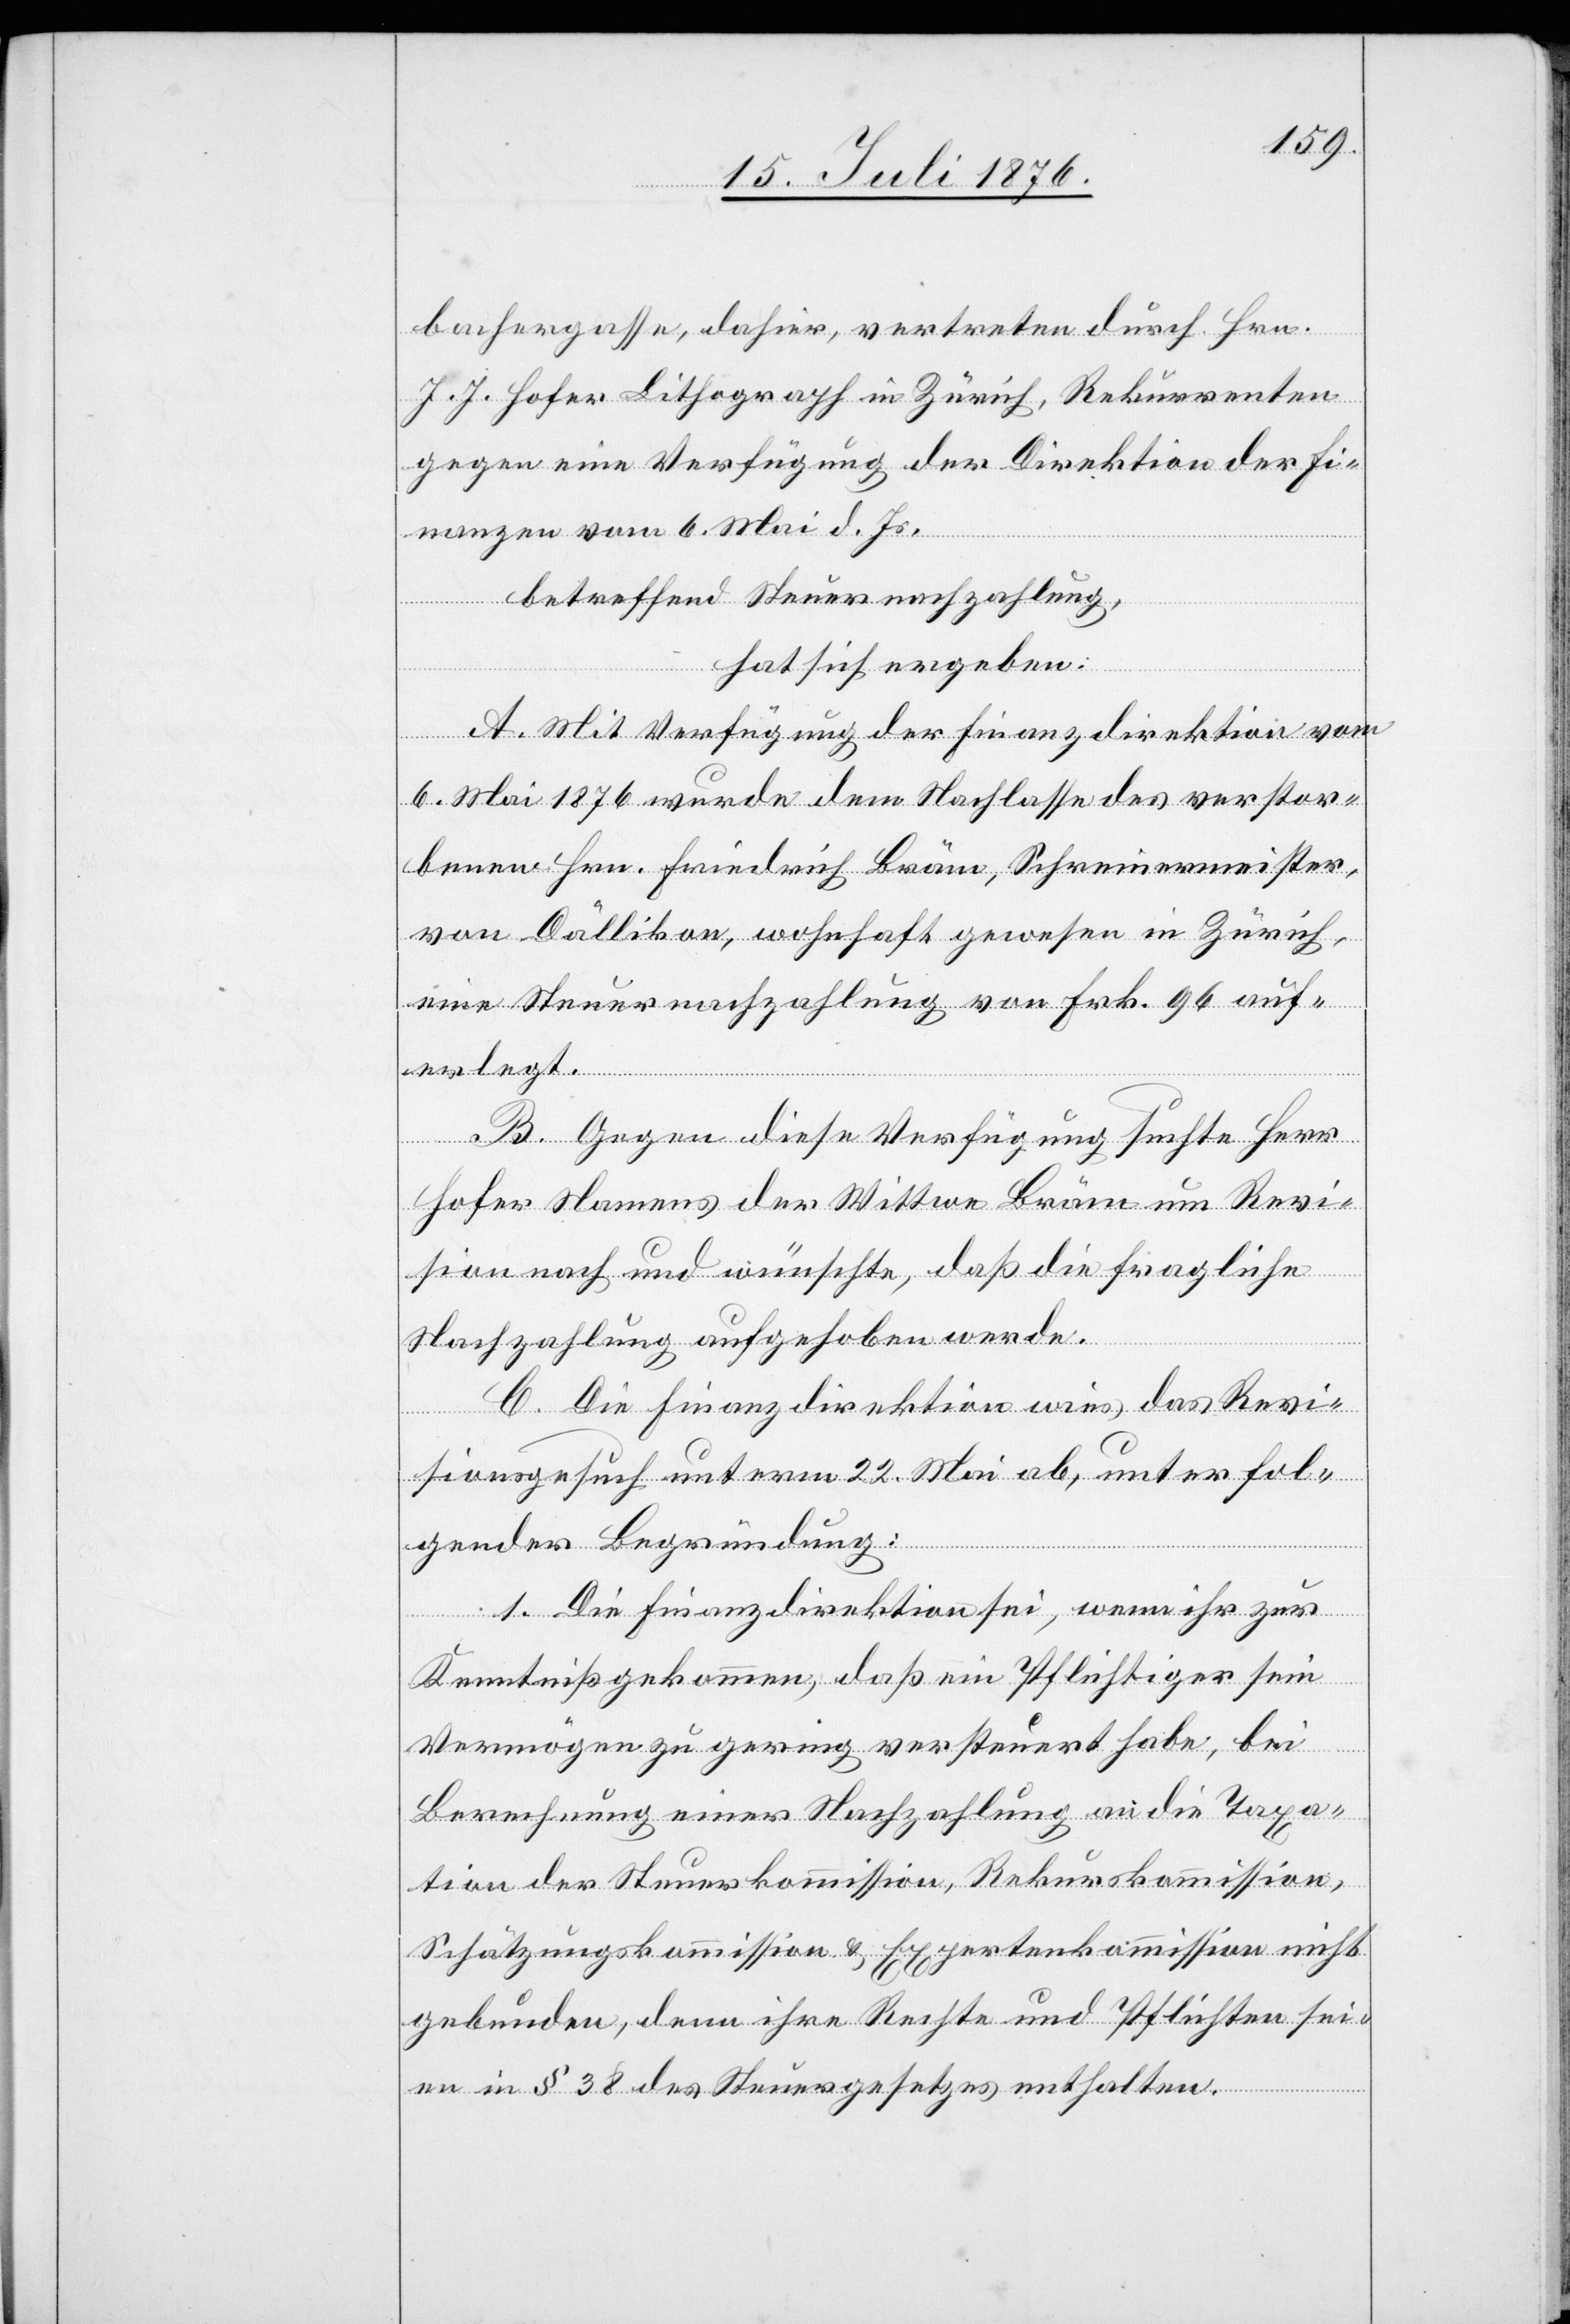
bachergasse, dahier, vertreten durch Hrn.
J. J. Hofer Lithograph in Zürich, Rekurrenten
gegen eine Verfügung der Direktion der Fi¬
nanzen vom 6. Mai d. Js.
betreffend Steuernachzahlung,
hat sich ergeben:
A. Mit Verfügung der Finanzdirektion vom
6. Mai 1876 wurde dem Nachlasse des verstor¬
benen Hrn. Friedrich Bräm, Schreinermeister,
von Dällikon, wohnhaft gewesen in Zürich,
eine Steuernachzahlung von Frk. 96 auf¬
erlegt.
B. Gegen diese Verfügung suchte Herr
Hofer Namens der Wittwe Bräm um Revi¬
sion nach und wünschte, daß die fragliche
Nachzahlung aufgehoben werde.
C. Die Finanzdirektion wies das Revi¬
sionsgesuch unterm 22. Mai ab, unter fol¬
gender Begründung:
1. Die Finanzdirektion sei, wenn ihr zur
Kenntniß gekommen, daß ein Pflichtiger sein
Vermögen zu gering versteuert habe, bei
Berechnung einer Nachzahlung an die Taxa¬
tion der Steuerkommission, Rekurskommission,
Schätzungskommission & Expertenkommission nicht
gebunden, denn ihre Rechte und Pflichten sei¬
en in § 38 des Steuergesetzes enthalten.